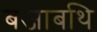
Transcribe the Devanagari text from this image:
बजाबथि